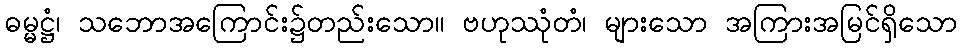
ဓမ္မဋ္ဌံ၊ သဘောအကြောင်း၌တည်းသော။ ဗဟုဿုံတံ၊ များသော အကြားအမြင်ရှိသော